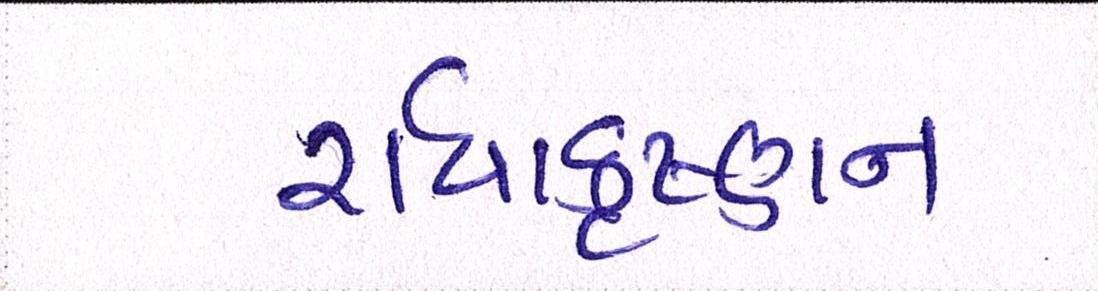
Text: રાધાકૃષ્ણન